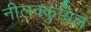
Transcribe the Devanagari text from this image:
नीलक्कुयिल